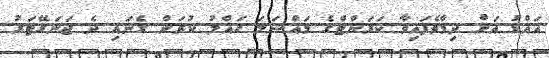
އައްޑު އަށް ދިމާވެފައިވާ ކަރަންޓްގެ މައްސަލަ ހައްލު ކުރަން ގެނައި ދެ ޖަނަރޭޓަރު